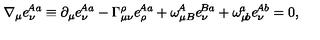
\nabla _ { \mu } e _ { \nu } ^ { \! A a } \equiv \partial _ { \mu } e _ { \nu } ^ { \! A a } - \Gamma _ { \mu \nu } ^ { \rho } e _ { \rho } ^ { \! A a } + \omega _ { \mu B } ^ { \! A } e _ { \nu } ^ { \! B a } + \omega _ { \mu \! b } ^ { \! a } e _ { \nu } ^ { \! A b } = 0 ,